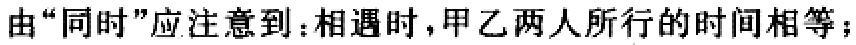
由“同时”应注意到：相遇时，甲乙两人所行的时间相等；